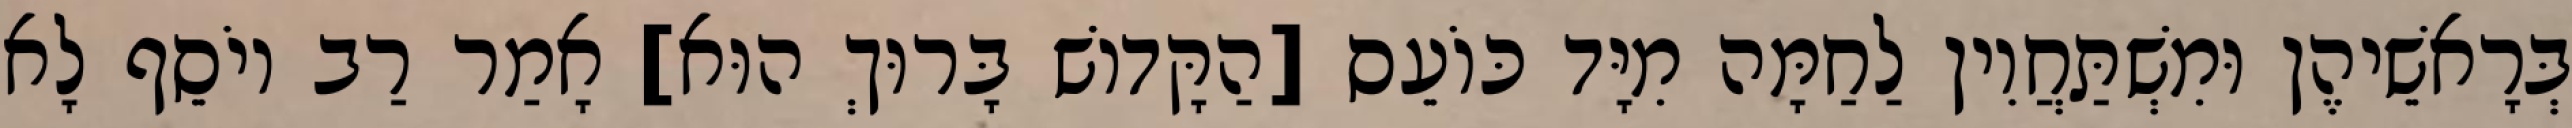
בְּרָאשֵׁיהֶן וּמִשְׁתַּחֲוִין לַחַמָּה מִיָּד כּוֹעֵס [הַקָּדוֹשׁ בָּרוּךְ הוּא] אָמַר רַב יוֹסֵף לָא